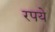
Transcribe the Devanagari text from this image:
रपये